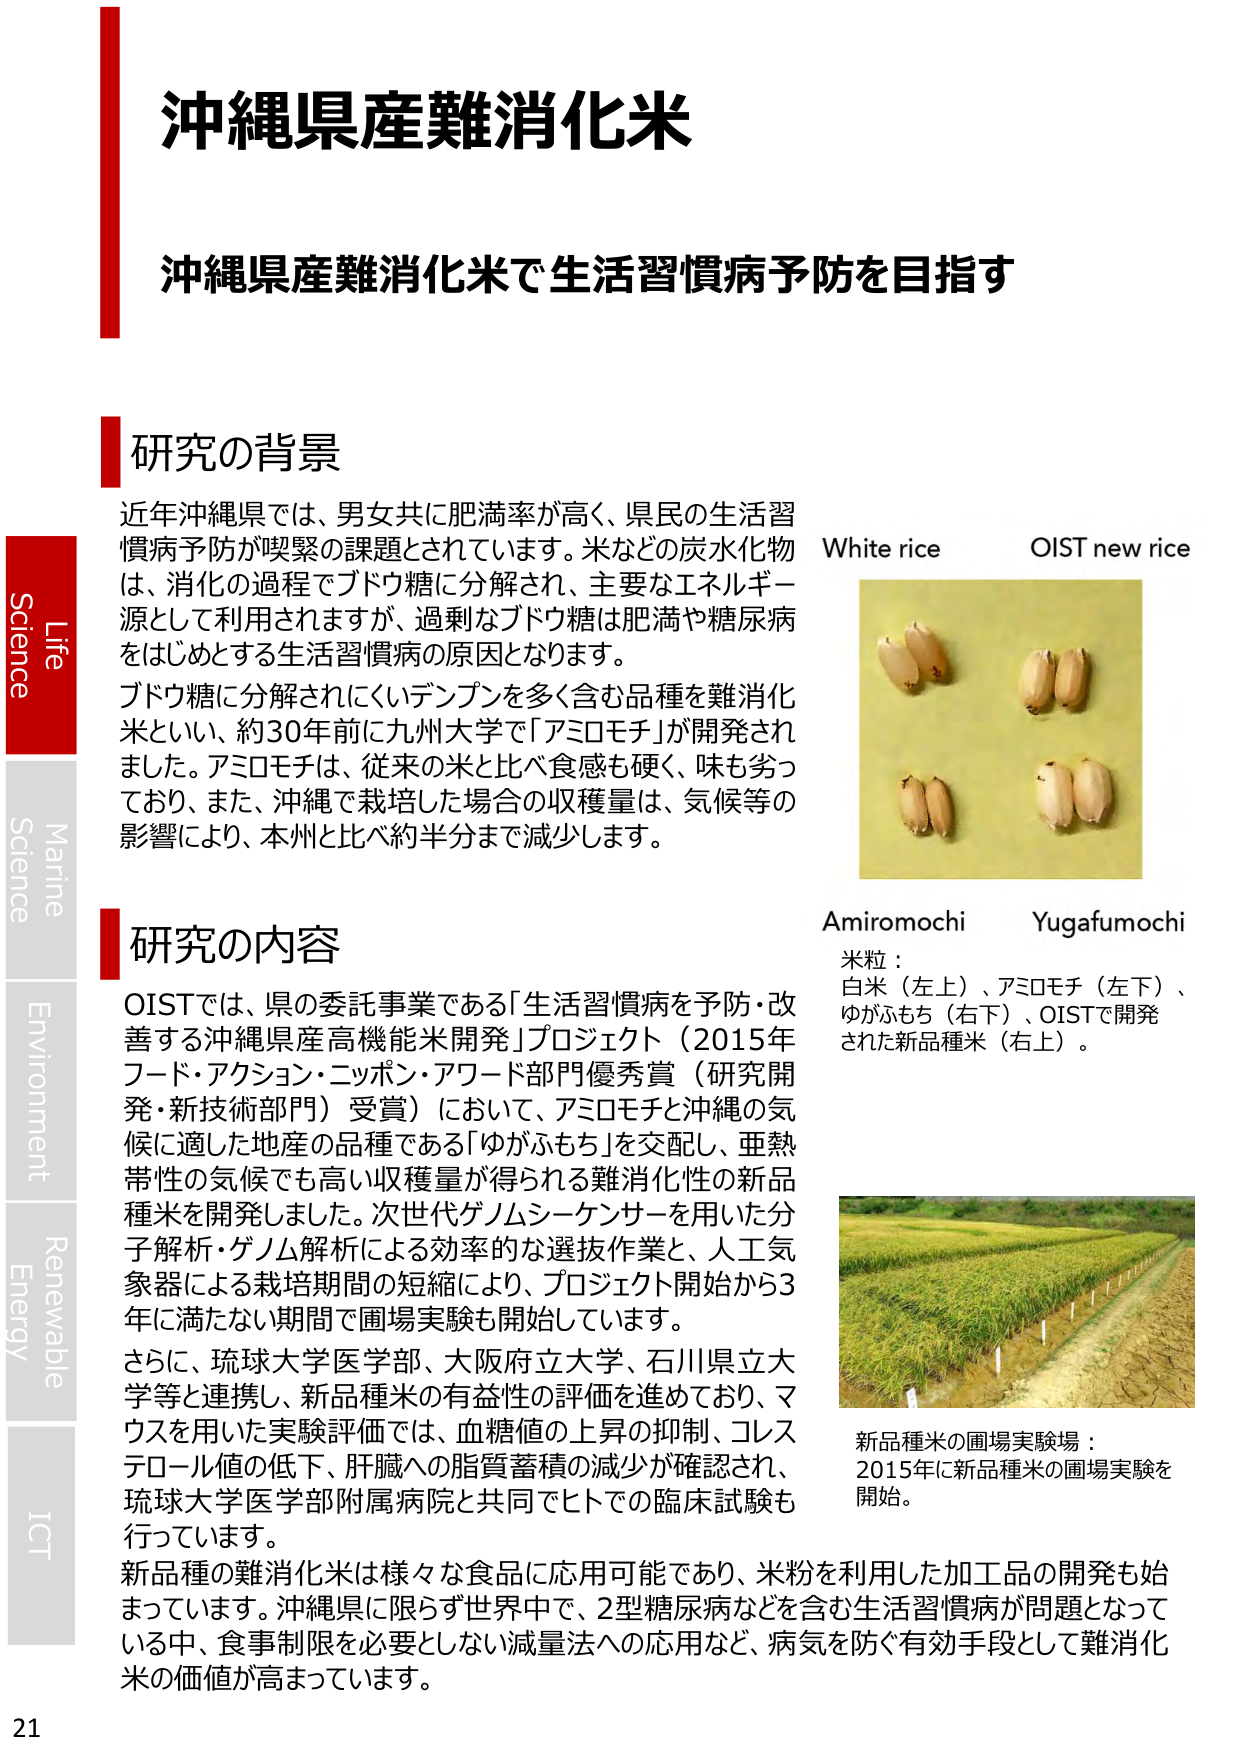
沖縄県産難消化米

沖縄県産難消化米で生活習慣病予防を目指す

研究の背景
近年沖縄県では、男女共に肥満率が高く、県民の生活習慣病予防が喫緊の課題とされています。米などの炭水化物は、消化の過程でブドウ糖に分解され、主要なエネルギー源として利用されますが、過剰なブドウ糖は肥満や糖尿病をはじめとする生活習慣病の原因となります。
ブドウ糖に分解されにくいデンプンを多く含む品種を難消化米といい、約30年前に九州大学で「アミロモチ」が開発されました。アミロモチは、従来の米と比べ食感も硬く、味も劣っており、また、沖縄で栽培した場合の収穫量は、気候等の影響により、本州と比べ約半分まで減少します。

研究の内容
OISTでは、県の委託事業である「生活習慣病を予防・改善する沖縄県産高機能米開発」プロジェクト（2015年フード・アクション・ニッポン・アワード部門優秀賞（研究開発・新技術部門）受賞）において、アミロモチと沖縄の気候に適した地産の品種である「ゆがふもち」を交配し、亜熱帯性の気候でも高い収穫量が得られる難消化性の新品種米を開発しました。次世代ゲノムシーケンサーを用いた分子解析・ゲノム解析による効率的な選抜作業と、人工気象器による栽培期間の短縮により、プロジェクト開始から3年に満たない期間で圃場実験も開始しています。
さらに、琉球大学医学部、大阪府立大学、石川県立大学等と連携し、新品種米の有益性の評価を進めており、マウスを用いた実験評価では、血糖値の上昇の抑制、コレステロール値の低下、肝臓への脂質蓄積の減少が確認され、琉球大学医学部附属病院と共同でヒトでの臨床試験も行っています。
新品種の難消化米は様々な食品に応用可能であり、米粉を利用した加工品の開発も始まっています。沖縄に限らず世界中で、2型糖尿病などを含む生活習慣病が問題となっている中、食事制限を必要としない減量法への応用など、病気を防ぐ有効手段として難消化米の価値が高まっています。

White rice
OIST new rice

Amiromochi
Yugafumochi
米粒：
白米（左上）、アミロモチ（左下）、
ゆがふもち（右下）、OISTで開発された新品種米（右上）。

新品種米の圃場実験場：
2015年に新品種米の圃場実験を開始。

Life
Science
Marine
Science
Environment
Renewable
Energy
ICT

21